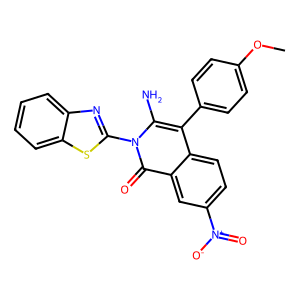
SMILES: COc1ccc(-c2c(N)n(-c3nc4ccccc4s3)c(=O)c3cc([N+](=O)[O-])ccc23)cc1
Inhibits HIV replication: No